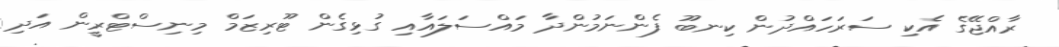
ރާއްޖޭގެ އެކި ސަރަހައްދުން ކިނބޫ ފެންނަމުންދާ މައްސަލައާއި ގުޅިގެން ޓޫރިޒަމް މިނިސްޓްރީން އަދި